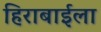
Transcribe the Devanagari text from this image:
हिराबाईला